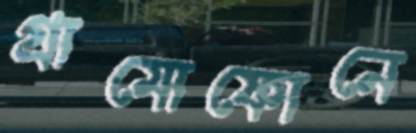
গ্রামোফোনে